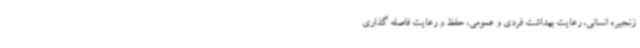
زنجیره انسانی، رعایت بهداشت فردی و عمومی، حفظ و رعایت فاصله گذاری